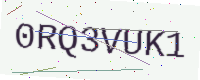
Text: 0RQ3VUK1